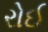
રોઈ